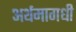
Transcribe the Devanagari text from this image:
अर्थमागधी